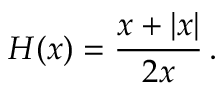
H ( x ) = { \frac { x + | x | } { 2 x } } \, .